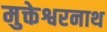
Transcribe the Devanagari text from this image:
मुक्तेश्वरनाथ